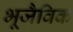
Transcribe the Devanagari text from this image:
भूजैविक